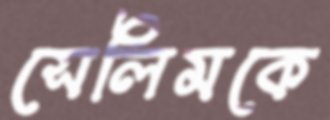
সেলিমকে